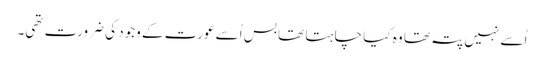
اُسے نہیں پتہ تھا وہ کیا چا ہتا تھا بس اُسے عورت کے وجود کی ضرورت تھی۔